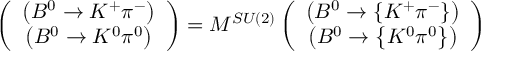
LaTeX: \left( \begin{array} { c } { { \left( B ^ { 0 } \rightarrow K ^ { + } \pi ^ { - } \right) } } \\ { { \left( B ^ { 0 } \rightarrow K ^ { 0 } \pi ^ { 0 } \right) } } \end{array} \right) = M ^ { S U ( 2 ) } \left( \begin{array} { c } { { \left( B ^ { 0 } \rightarrow \left\{ K ^ { + } \pi ^ { - } \right\} \right) } } \\ { { \left( B ^ { 0 } \rightarrow \left\{ K ^ { 0 } \pi ^ { 0 } \right\} \right) } } \end{array} \right)